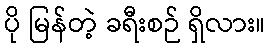
ပို မြန်တဲ့ ခရီးစဉ် ရှိလား။